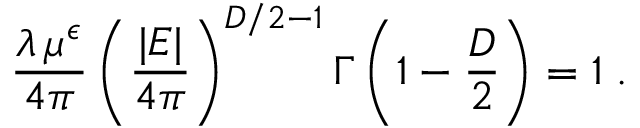
\frac { \lambda \, \mu ^ { \epsilon } } { 4 \pi } \left( \frac { | E | } { 4 \pi } \right) ^ { { D } / 2 - 1 } \Gamma \left( 1 - \frac { D } { 2 } \right) = 1 \; .